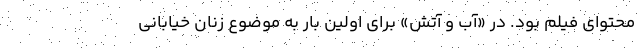
محتوای فیلم بود. در «آب و آتش» برای اولین بار به موضوع زنان خیابانی